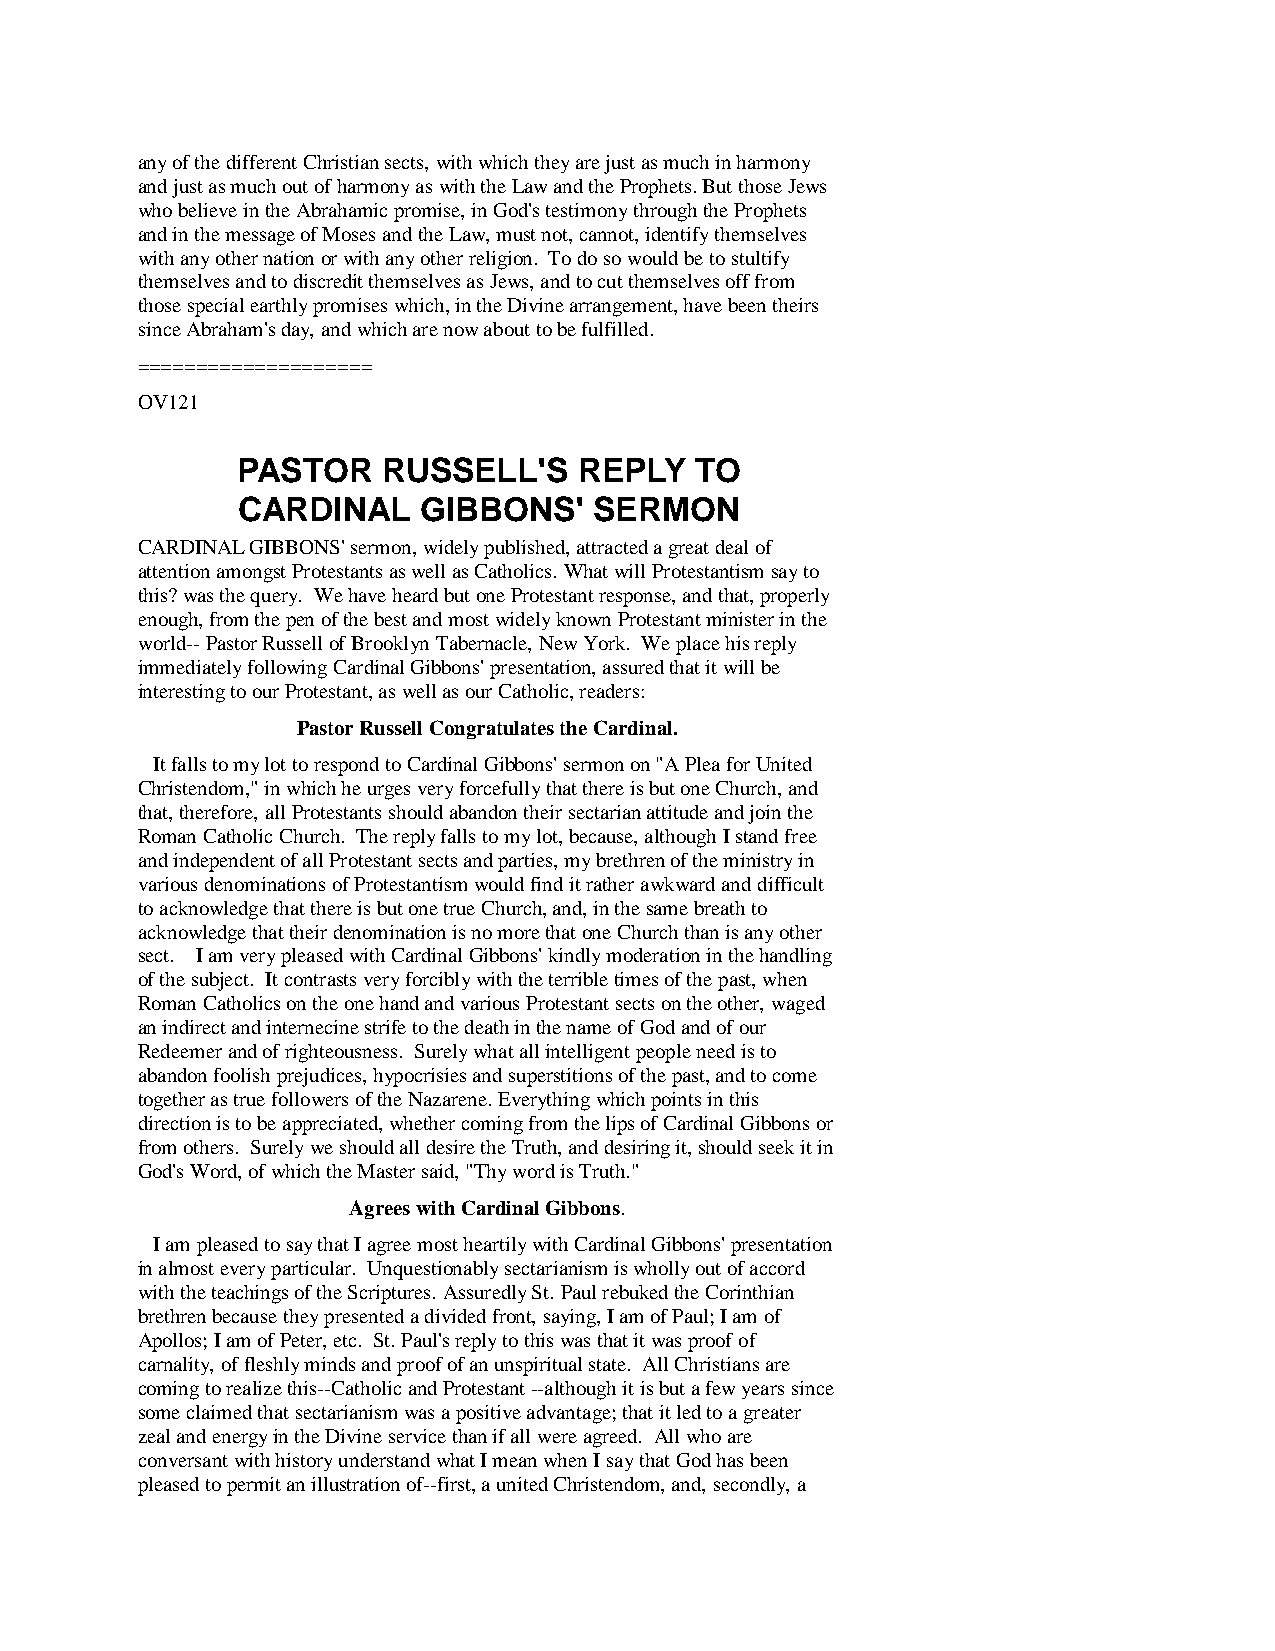
any of the different Christian sects, with which they are just as much in harmony
 and just as much out of harmony as with the Law and the Prophets. But those Jews
 who believe in the Abrahamic promise, in God's testimony through the Prophets
 and in the message of Moses and the Law, must not, cannot, identify themselves
 with any other nation or with any other religion. To do so would be to stultify
 themselves and to discredit themselves as Jews, and to cut themselves off from
 those special earthly promises which, in the Divine arrangement, have been theirs
 since Abraham's day, and which are now about to be fulfilled.
 ====================
 OV121
 PASTOR   RUSSELL'S    REPLY   TO
 CARDINAL    GIBBONS'   SERMON
 CARDINAL GIBBONS' sermon, widely published, attracted a great deal of
 attention amongst Protestants as well as Catholics. What will Protestantism say to
 this? was the query. We have heard but one Protestant response, and that, properly
 enough, from the pen of the best and most widely known Protestant minister in the
 world-- Pastor Russell of Brooklyn Tabernacle, New York. We place his reply
 immediately following Cardinal Gibbons' presentation, assured that it will be
 interesting to our Protestant, as well as our Catholic, readers:
 Pastor Russell Congratulates the Cardinal.
 It falls to my lot to respond to Cardinal Gibbons' sermon on "A Plea for United
 Christendom," in which he urges very forcefully that there is but one Church, and
 that, therefore, all Protestants should abandon their sectarian attitude and join the
 Roman Catholic Church. The reply falls to my lot, because, although I stand free
 and independent of all Protestant sects and parties, my brethren of the ministry in
 various denominations of Protestantism would find it rather awkward and difficult
 to acknowledge that there is but one true Church, and, in the same breath to
 acknowledge that their denomination is no more that one Church than is any other
 sect. I am very pleased with Cardinal Gibbons' kindly moderation in the handling
 of the subject. It contrasts very forcibly with the terrible times of the past, when
 Roman Catholics on the one hand and various Protestant sects on the other, waged
 an indirect and internecine strife to the death in the name of God and of our
 Redeemer and of righteousness. Surely what all intelligent people need is to
 abandon foolish prejudices, hypocrisies and superstitions of the past, and to come
 together as true followers of the Nazarene. Everything which points in this
 direction is to be appreciated, whether coming from the lips of Cardinal Gibbons or
 from others. Surely we should all desire the Truth, and desiring it, should seek it in
 God's Word, of which the Master said, "Thy word is Truth."
 Agrees with Cardinal Gibbons.
 I am pleased to say that I agree most heartily with Cardinal Gibbons' presentation
 in almost every particular. Unquestionably sectarianism is wholly out of accord
 with the teachings of the Scriptures. Assuredly St. Paul rebuked the Corinthian
 brethren because they presented a divided front, saying, I am of Paul; I am of
 Apollos; I am of Peter, etc. St. Paul's reply to this was that it was proof of
 carnality, of fleshly minds and proof of an unspiritual state. All Christians are
 coming to realize this--Catholic and Protestant --although it is but a few years since
 some claimed that sectarianism was a positive advantage; that it led to a greater
 zeal and energy in the Divine service than if all were agreed. All who are
 conversant with history understand what I mean when I say that God has been
 pleased to permit an illustration of--first, a united Christendom, and, secondly, a